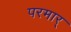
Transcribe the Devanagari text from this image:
परमार्